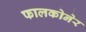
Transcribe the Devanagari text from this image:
फालकोनेर